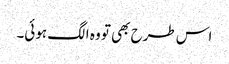
اس طرح بھی تو وہ الگ ہوئی۔